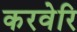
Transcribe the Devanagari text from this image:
करवेरि